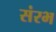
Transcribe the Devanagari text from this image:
संरभ